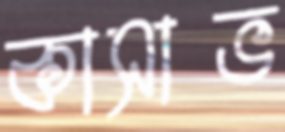
কাসাভ